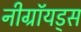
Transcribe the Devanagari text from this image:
नीग्रॉयड्स